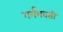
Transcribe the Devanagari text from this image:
गर्गभवती